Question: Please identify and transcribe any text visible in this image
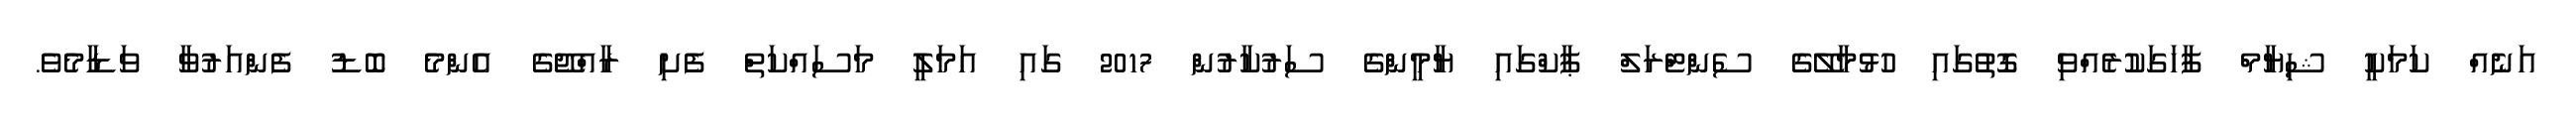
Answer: އަނެއް ކަމަކީ ޝިޔާމް ފާހަގަކުރެއްވި ގޮތުގައި ހުޅުމާލޭގެ ސެންޓްރަލް ޕާކްގައި ޔާމީންގެ ސަރުކާރުން 2017 ގައި އަމަލީ މަސައްކަތް ފެށި ރާއްޖޭގެ އެންމެ ބޮޑު ފެންއަރުވާ ވަޑާމެވެ.